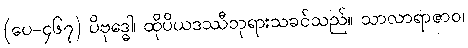
(ပေ-၄၆၇) ပိဗုဒ္ဓေါ၊ ထိုပိယဒဿီဘုရားသခင်သည်။ သာလာရာဇာဝ၊